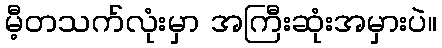
မီ့တသက်လုံးမှာ အကြီးဆုံးအမှားပဲ။